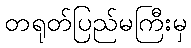
တရုတ်ပြည်မကြီးမှ